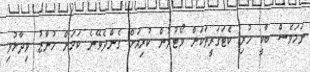
ނަމަވެސް ބާކީ ހުރި ކެޓަގަރީތަކަށް ވޯޓުލުން ކުރިއަށް ގެންދެވޭނެ ކަމަށް މުނާޒު ވިދާޅުވި